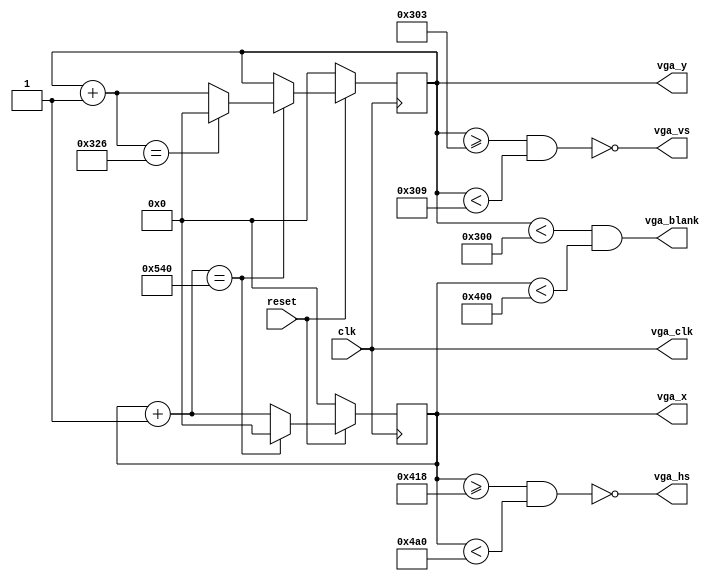
module display_port(
	input clk,
	input reset,
	output reg[31:0] vga_x,//VGA screen's X coordinate
	output reg[31:0] vga_y,//VGA screen's Y coordinate
	output vga_hs,//行同步信号
	output vga_vs,//场同步信号
	output vga_blank,//复合空白信号控制信号
	output vga_clk//VGA自时钟
);
	//行同步信号
	assign vga_hs = ~(vga_x >= visible_pulse_h + front_pulse_h && vga_x < visible_pulse_h + front_pulse_h + sync_pulse_h);
	//场同步信号
	assign vga_vs = ~(vga_y >= visible_pulse_v + front_pulse_v && vga_y < visible_pulse_v + front_pulse_v + sync_pulse_v);
	//复合空白信号控制信号  当vga_blank为低电平时模拟视频输出消隐电平，此时从R9~R0,G9~G0,B9~B0输入的所有数据被忽略
	assign vga_blank = vga_y < visible_pulse_v && vga_x < visible_pulse_h;
	//VGA自时钟
	assign vga_clk = clk;
	
	//resolution ratioL:1920*1080
	//1920(x):
	parameter integer visible_pulse_h = 1024;//显示脉冲
	parameter integer front_pulse_h = 24;//前沿脉冲
	parameter integer sync_pulse_h = 136;//同步脉冲
	parameter integer back_pulse_h = 160;//后沿脉冲
	parameter integer whole_pulse_h = 1344;//帧长
	//1080(y):
	parameter integer visible_pulse_v = 768;//显示脉冲
	parameter integer front_pulse_v = 3;//前沿脉冲
	parameter integer sync_pulse_v = 6;//同步脉冲
	parameter integer back_pulse_v = 29;//后沿脉冲
	parameter integer whole_pulse_v = 806;//帧长
	
	/*generate the hs && vs timing*/
	always@(posedge(clk)) 
	begin
		if (!reset)
		begin
			vga_x = 0;
			vga_y = 0;
		end
		//set vga_x & vga_y
		else
		begin
			vga_x = vga_x + 1;
			if( vga_x == whole_pulse_h)
			begin
				vga_x = 0;
				vga_y = vga_y + 1;
				if( vga_y == whole_pulse_v)
					vga_y = 0;
			end
		end
	end
endmodule